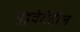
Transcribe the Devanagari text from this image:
पुडुचेरीतील